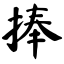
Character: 捧